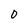
Character: 0